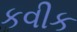
કવીક